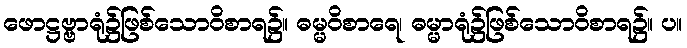
ဖောဋ္ဌဗ္ဗာရုံ၌ဖြစ်သောဝိစာရ၌။ ဓမ္မဝိစာရေ၊ ဓမ္မာရုံ၌ဖြစ်သောဝိစာရ၌။ ပ။